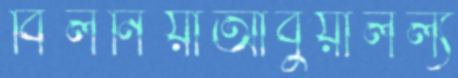
বিলনিয়াআবুয়ালল্য